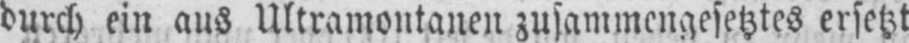
durch ein aus Ultramontanen zusammengesetztes ersetzt